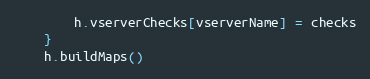
Language: Go
		h.vserverChecks[vserverName] = checks
	}
	h.buildMaps()